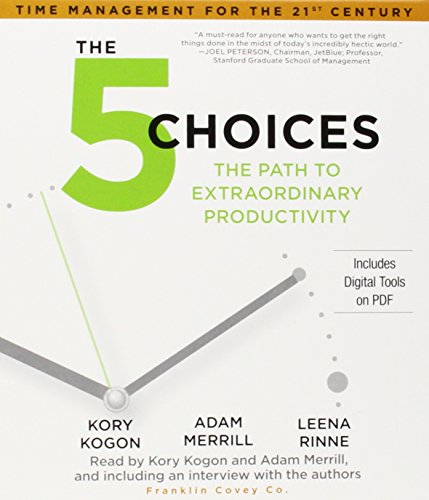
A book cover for The 5 Choices: The Path to Extraordinary Productivity; Kory Kogon; Business & Money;